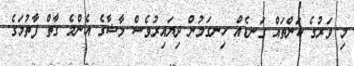
މި ވަރުގެ ކަންތައް ގަނޑެއް ހިނގަމުން ދިޔައިރުވެސް މާޝާގެ އެންމެ ގާތް ފާތުމަގެ